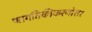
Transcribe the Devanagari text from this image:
जागतिकीकरणोत्तर